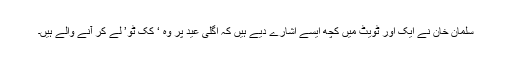
سلمان خان نے ایک اور ٹویٹ میں کچھ ایسے اشارے دیے ہیں کہ اگلی عید پر وہ ‘ کک ٹو’ لے کر آنے والے ہیں۔